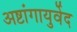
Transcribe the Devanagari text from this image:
अष्टांगायुर्वेद